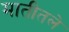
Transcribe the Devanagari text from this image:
मातीतले